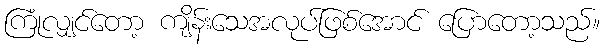
ကြုံလျှင်တော့ ကျိန်းသေအလုပ်ဖြစ်အောင် ပြောတော့သည်။